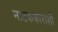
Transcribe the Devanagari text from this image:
नाटककाराशी